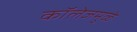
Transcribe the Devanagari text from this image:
कॉलेजमुळे